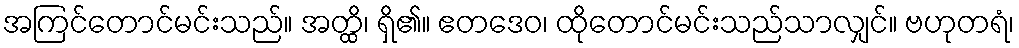
အကြင်တောင်မင်းသည်။ အတ္ထိ၊ ရှိ၏။ ဧတဒေဝ၊ ထိုတောင်မင်းသည်သာလျှင်။ ဗဟုတရံ၊